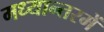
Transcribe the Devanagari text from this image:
मध्यान्तरमें